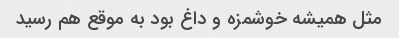
مثل همیشه خوشمزه و داغ بود به موقع هم رسید